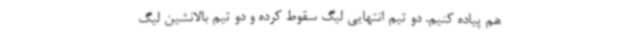
هم پیاده کنیم. دو تیم انتهایی لیگ سقوط کرده و دو تیم بالانشین لیگ